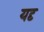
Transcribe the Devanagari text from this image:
यदृ